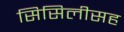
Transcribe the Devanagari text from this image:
सिसिलीसह